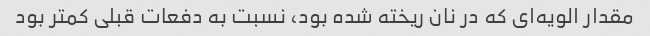
مقدار الویه‌ای که در نان ریخته شده بود، نسبت به دفعات قبلی کمتر بود